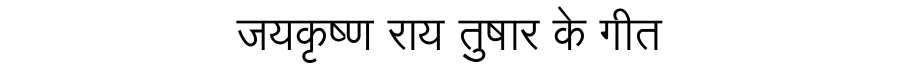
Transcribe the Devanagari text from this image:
जयकृष्ण राय तुषार के गीत